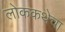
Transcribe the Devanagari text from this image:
लोककथेचा